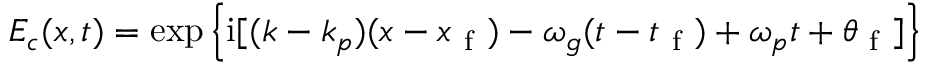
E _ { c } ( x , t ) = \exp \left\{ \mathrm { i } [ ( k - k _ { p } ) ( x - x _ { \mathrm { ~ f ~ } } ) - \omega _ { g } ( t - t _ { \mathrm { ~ f ~ } } ) + \omega _ { p } t + \theta _ { \mathrm { ~ f ~ } } ] \right\}